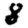
Digit: 8